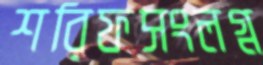
শরিফসংলগ্ন